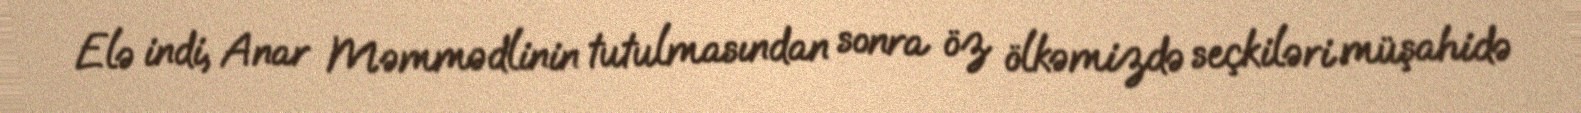
Elə indi, Anar Məmmədlinin tutulmasından sonra öz ölkəmizdə seçkiləri müşahidə